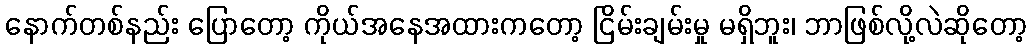
နောက်တစ်နည်း ပြောတော့ ကိုယ်အနေအထားကတော့ ငြိမ်းချမ်းမှု မရှိဘူး၊ ဘာဖြစ်လို့လဲဆိုတော့